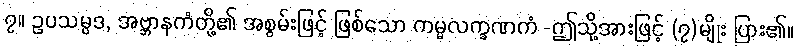
၇။ ဥပသမ္ပဒ, အဗ္ဘာနကံတို့၏ အစွမ်းဖြင့် ဖြစ်သော ကမ္မလက္ခဏကံ -ဤသို့အားဖြင့် (၇)မျိုး ပြား၏။